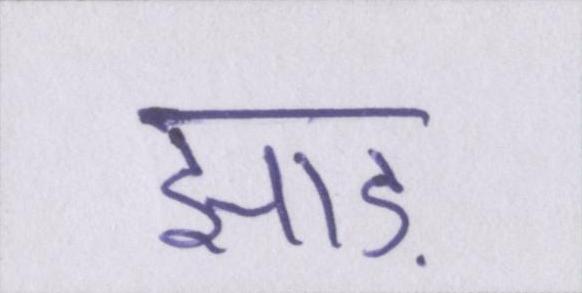
झाड़